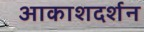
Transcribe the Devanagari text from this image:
आकाशदर्शन